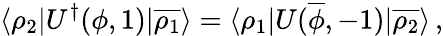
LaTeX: \langle\rho_{2}|U^{\dagger}(\phi,1)|\overline{{{\rho_{1}}}}\rangle=\langle\rho_{1}|U(\overline{{\phi}},-1)|\overline{{{\rho_{2}}}}\rangle\, ,